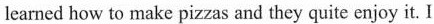
learned how to make pizzas and they quite enjoy it. I